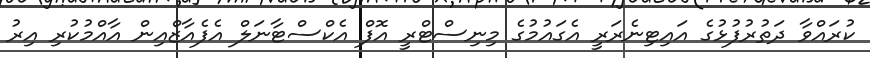
ކުރައްވާ ދަތުރުފުޅުގެ އައިޓިނެރަރީ އެގައުމުގެ މިނިސްޓްރީ އޮފް އެކްސްޓާނަލް އެފެއާޒްއިން އާއްމުކުރި އިރު